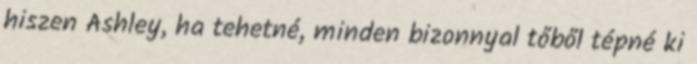
hiszen Ashley, ha tehetné, minden bizonnyal tőből tépné ki